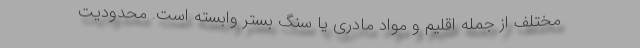
مختلف از جمله اقلیم و مواد مادری یا سنگ بستر وابسته است. محدودیت